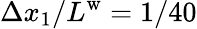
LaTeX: \Delta x_{1}/L^{\mathrm{w}}=1/40